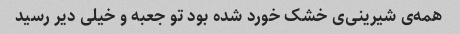
همه‌ی شیرینی‌ی خشک خورد شده بود تو جعبه و خیلی دیر رسید